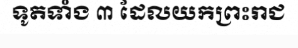
ទូតទាំង ៣ ដែលយកព្រះរាជ